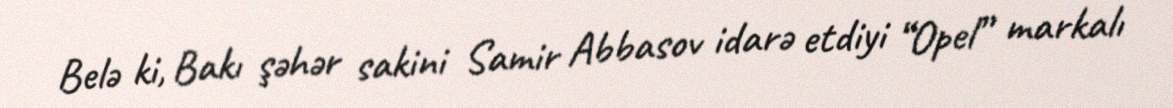
Belə ki, Bakı şəhər sakini Samir Abbasov idarə etdiyi “Opel” markalı